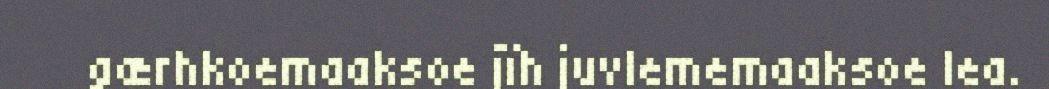
gærhkoemaaksoe jïh juvlememaaksoe lea.